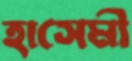
হাসেমী